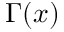
\Gamma ( x )